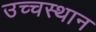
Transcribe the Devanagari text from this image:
उच्चस्थान